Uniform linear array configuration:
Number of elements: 24
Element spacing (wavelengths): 1
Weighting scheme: cosine
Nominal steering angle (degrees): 15
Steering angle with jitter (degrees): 13.552
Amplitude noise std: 0.05
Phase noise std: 0.05

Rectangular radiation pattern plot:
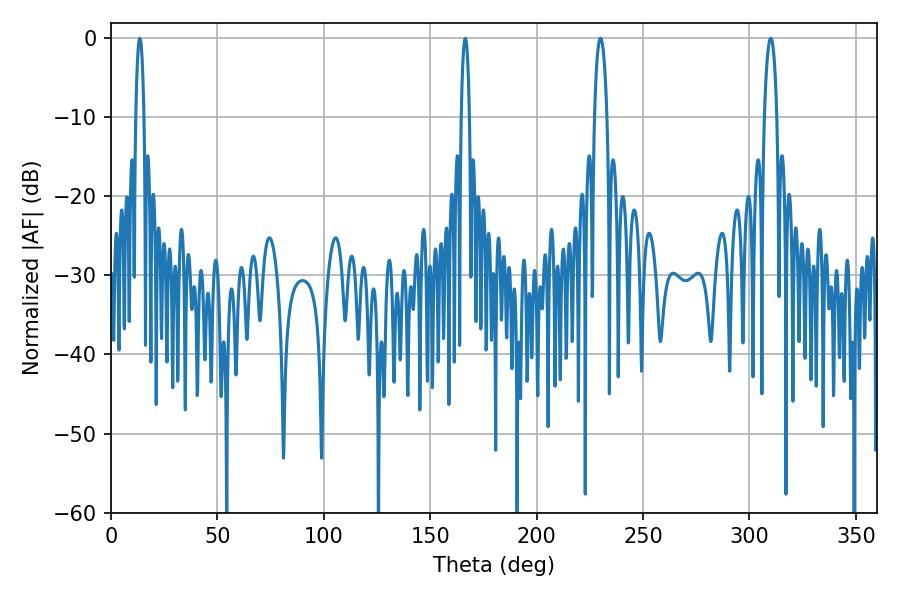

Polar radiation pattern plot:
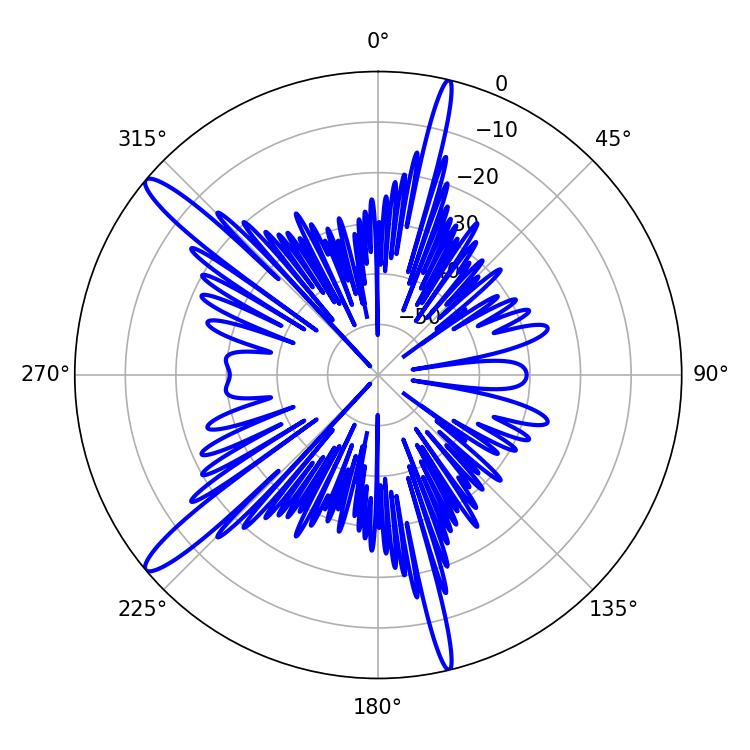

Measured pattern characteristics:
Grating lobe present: TRUE
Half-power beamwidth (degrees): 3.24
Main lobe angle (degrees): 230.04